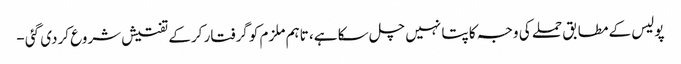
پولیس کے مطابق حملے کی وجہ کا پتا نہیں چل سکا ہے، تاہم ملزم کو گرفتار کرکے تفتیش شروع کردی گئی -